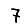
Digit: 7